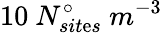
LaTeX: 10\ N_{sit\mathrm{e}s}^{\circ}\ m^{-3}